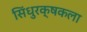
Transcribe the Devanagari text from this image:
सिंधुरक्षकला